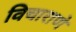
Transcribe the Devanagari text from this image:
विचाराणे